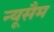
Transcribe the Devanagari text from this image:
न्यूसैम